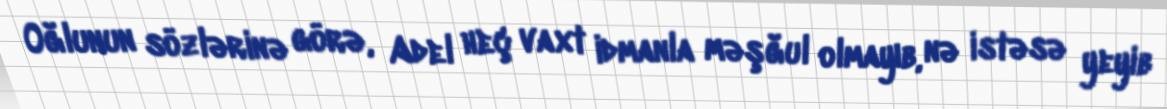
Oğlunun sözlərinə görə, Adel heç vaxt idmanla məşğul olmayıb, nə istəsə yeyib